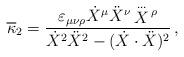
LaTeX: \begin{align*}\overline{\kappa}_2 = { \varepsilon_{\mu \nu \rho} \dot{X}^{\mu} \ddot{X}^{\nu} \mathop{X}\limits^{\ldots}{}^\rho \over \dot{X}^2 \ddot{X}^2 - (\dot{X} \cdot \ddot{X} )^2 }\,,\end{align*}